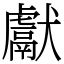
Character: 獻